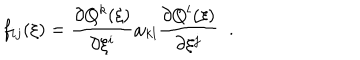
LaTeX: f _ { i j } ( \xi ) = \frac { \partial Q ^ { k } ( \xi ) } { \partial \xi ^ { i } } \omega _ { k l } \frac { \partial Q ^ { l } ( \xi ) } { \partial \xi ^ { j } } \; \; .